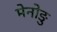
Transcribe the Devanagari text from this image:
मेनोङु